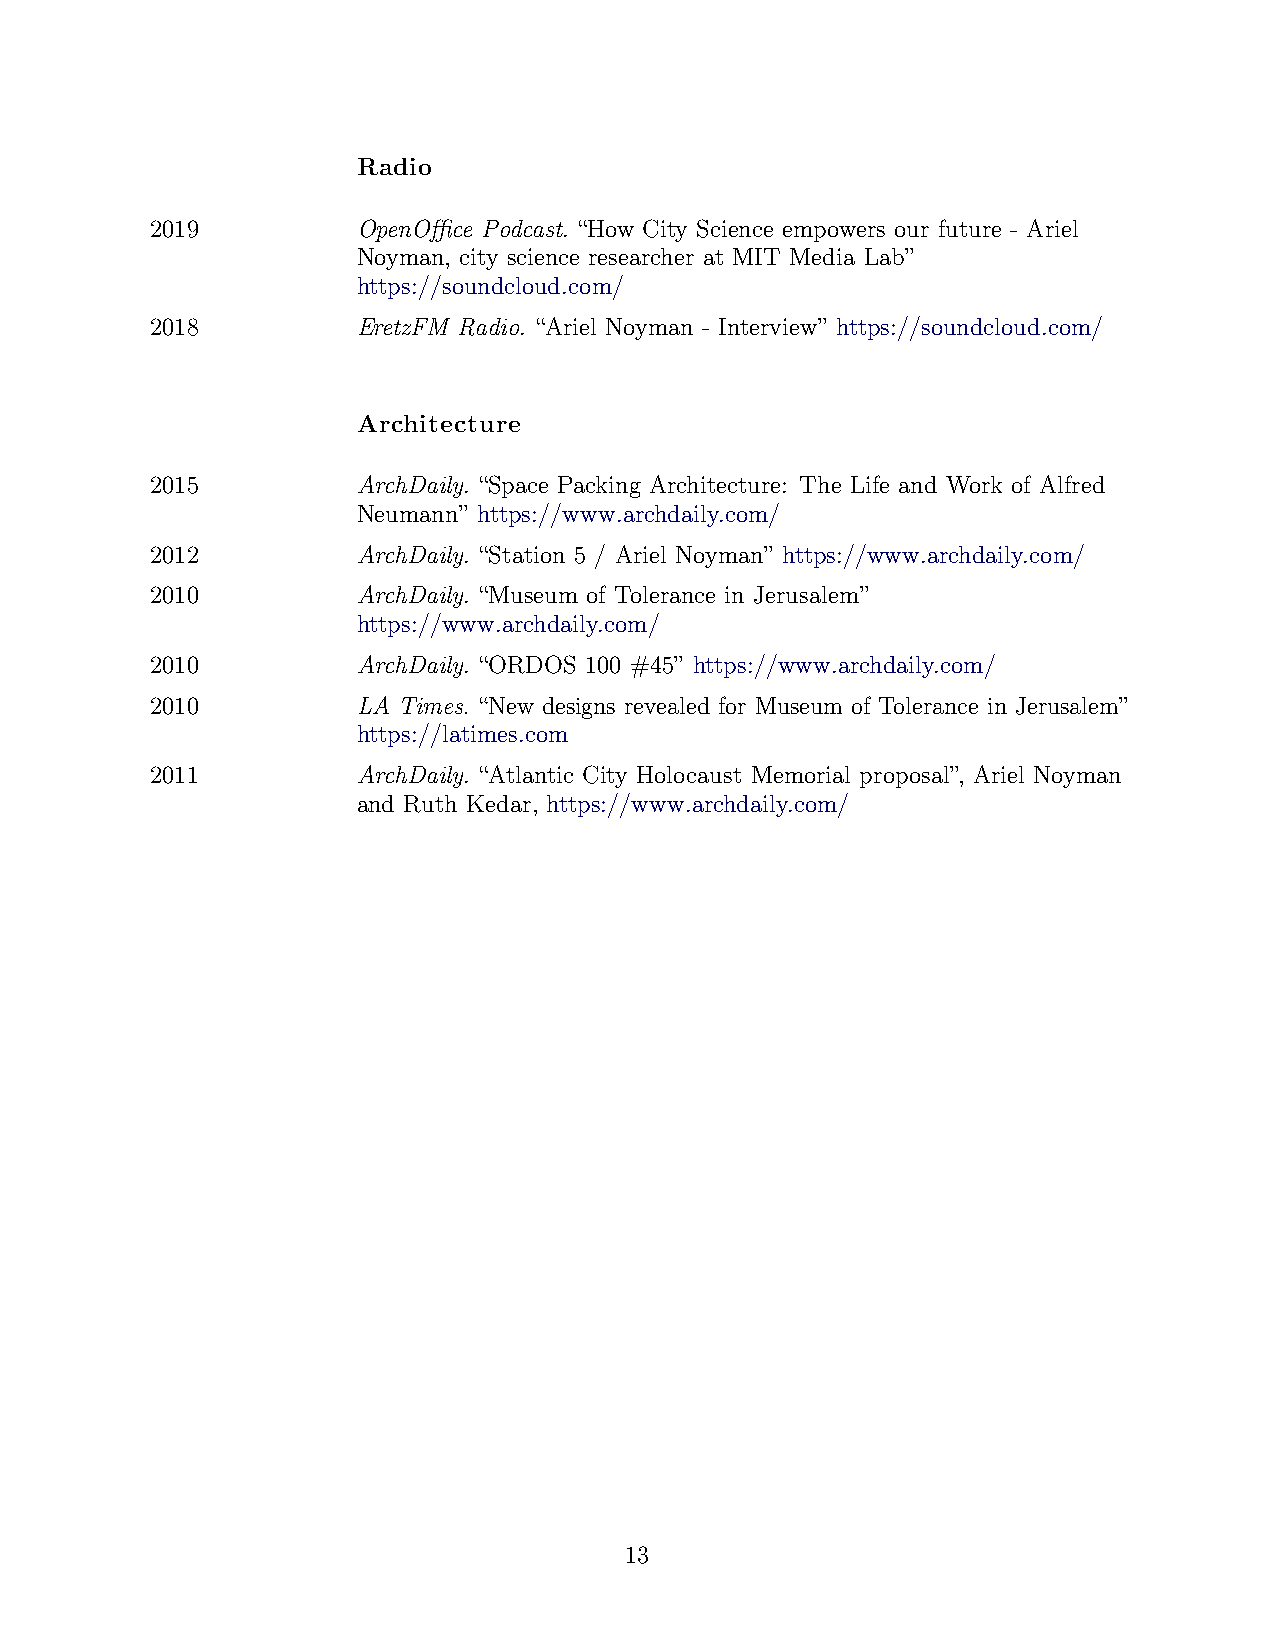
Radio
 2019          OpenOffice Podcast. “How City Science empowers our future - Ariel
 Noyman, city science researcher at MIT Media Lab”
 https://soundcloud.com/
 2018          EretzFM Radio. “Ariel Noyman - Interview” https://soundcloud.com/
 Architecture
 2015          ArchDaily. “Space Packing Architecture: The Life and Work of Alfred
 Neumann” https://www.archdaily.com/
 2012          ArchDaily. “Station 5 / Ariel Noyman” https://www.archdaily.com/
 2010          ArchDaily. “Museum of Tolerance in Jerusalem”
 https://www.archdaily.com/
 2010          ArchDaily. “ORDOS 100 #45” https://www.archdaily.com/
 2010          LA Times. “New designs revealed for Museum of Tolerance in Jerusalem”
 https://latimes.com
 2011          ArchDaily. “Atlantic City Holocaust Memorial proposal”, Ariel Noyman
 and Ruth Kedar, https://www.archdaily.com/
 13